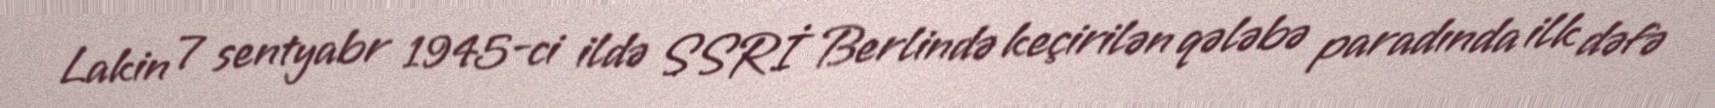
Lakin 7 sentyabr 1945-ci ildə SSRİ Berlində keçirilən qələbə paradında ilk dəfə